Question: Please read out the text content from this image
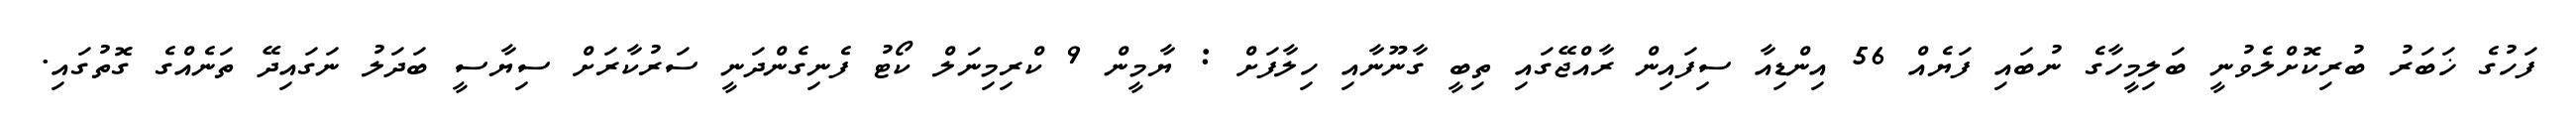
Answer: ފަހުގެ ޚަބަރު ބުރިކޮށްލެވުނީ ބަލިމީހާގެ ނުބައި ފަޔެއް 56 އިންޑިއާ ސިފައިން ރާއްޖޭގައި ތިބީ ގާނޫނާއި ހިލާފަށް : ޔާމީން 9 ކްރިމިނަލް ކޯޓު ފެނިގެންދަނީ ސަރުކާރަށް ސިޔާސީ ބަދަލު ނަގައިދޭ ތަނެއްގެ ގޮތުގައި.